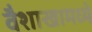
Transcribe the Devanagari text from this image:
वैशाखामध्ये